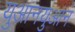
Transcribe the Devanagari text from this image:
युआनयुआन